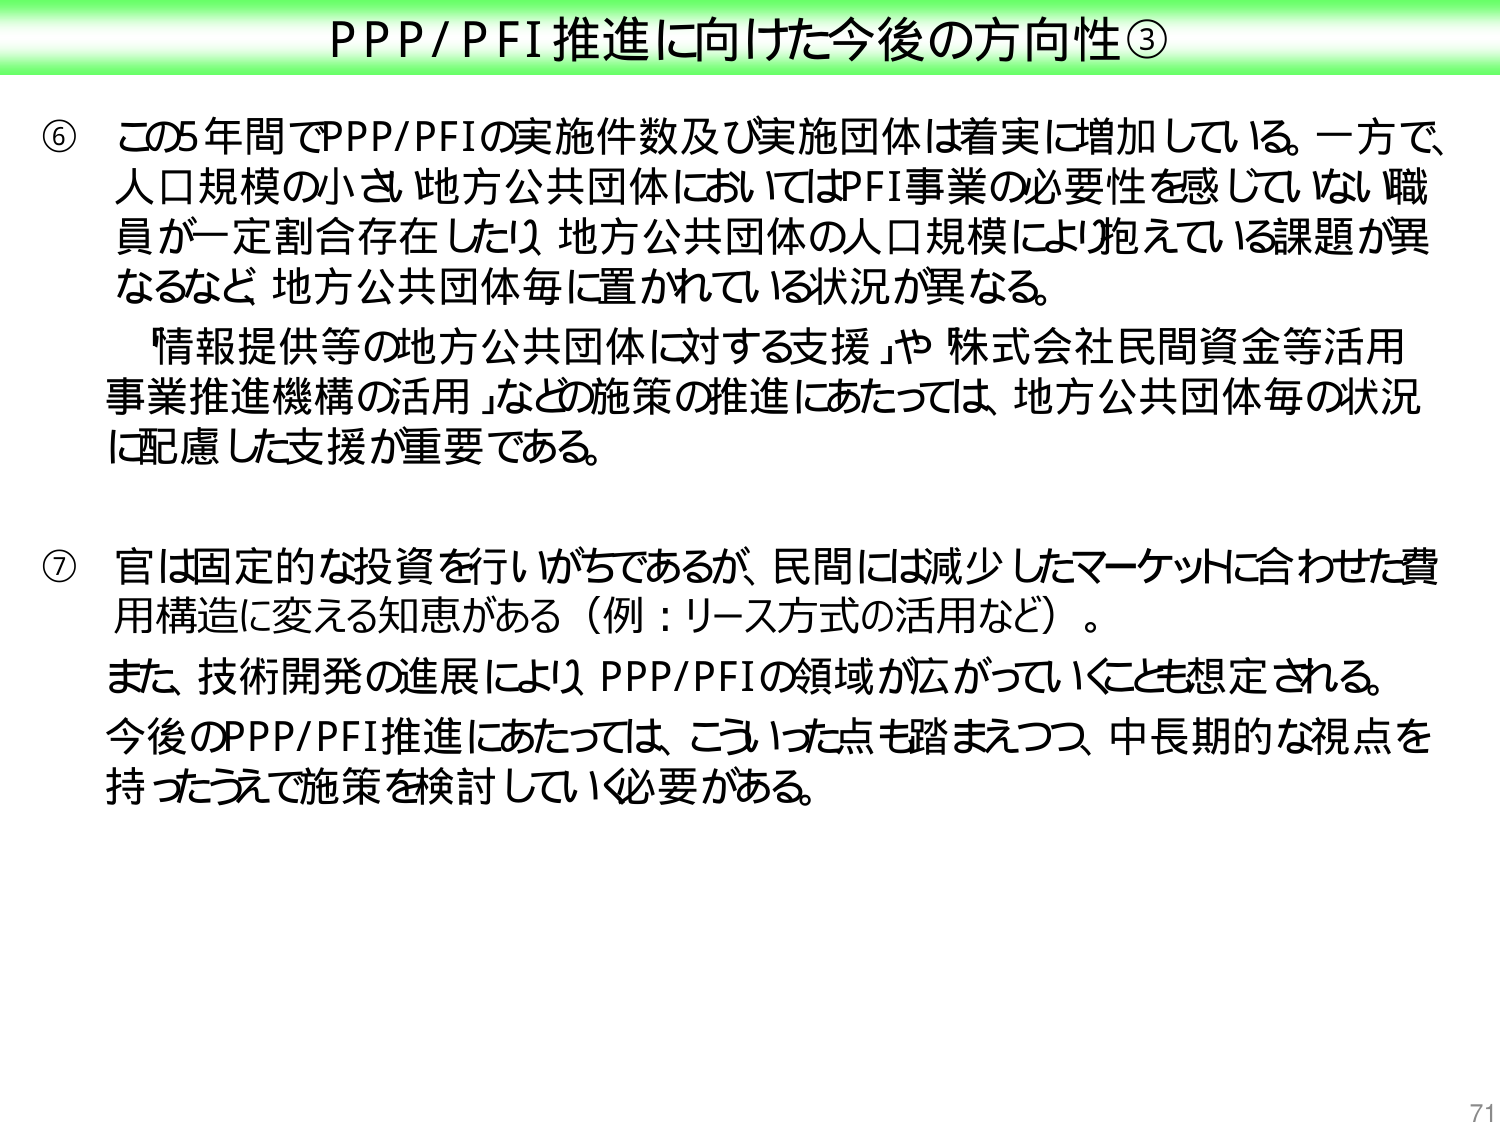
PPP/PFI推進に向けた今後の方向性③

⑥ この5年間でPPP/PFIの実施件数及び実施団体は着実に増加している。一方で、人口規模の小さい地方公共団体においてはPFI事業の必要性を感じていない職員が一定割合存在したり、地方公共団体の人口規模により抱えている課題が異なるなど、地方公共団体毎に置かれている状況が異なる。
「情報提供等の地方公共団体に対する支援」や「株式会社民間資金等活用事業推進機構の活用」などの施策の推進にあたっては、地方公共団体毎の状況に配慮した支援が重要である。

⑦ 官は固定的な投資を行いかねであるが、民間には減少したマーケットに合わせた費用構造に変える知恵がある（例：リース方式の活用など）。
また、技術開発の進展により、PPP/PFIの領域が広がっていくことも想定される。
今後のPPP/PFI推進にあたっては、こういった点も踏まえつつ、中長期的な視点を持ったうえで施策を検討していく必要がある。

71